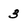
Character: 3